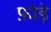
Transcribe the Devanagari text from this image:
फ़ोड़े